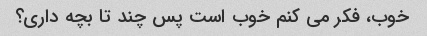
خوب، فکر می کنم خوب است پس چند تا بچه داری؟